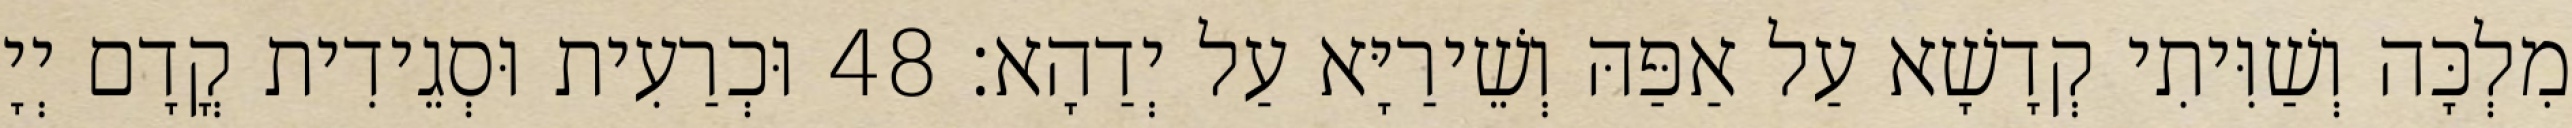
מִלְכָּה וְשַׁוִּיתִי קְדָשָׁא עַל אַפַּהּ וְשֵׁירַיָּא עַל יְדַהָא׃ 48 וּכְרַעִית וּסְגֵידִית קֳדָם יְיָ